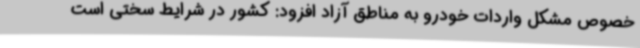
خصوص مشکل واردات خودرو به مناطق آزاد افزود: کشور در شرایط سختی است